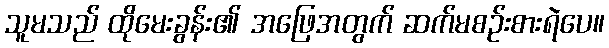
သူမသည် ထိုမေးခွန်း၏ အဖြေအတွက် ဆက်မစဉ်းစားရဲပေ။